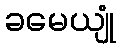
ခမေယျုံ